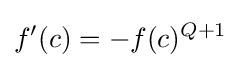
f'(c)=-f(c)^{Q+1}